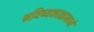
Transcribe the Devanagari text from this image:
भविष्यकाळामध्ये